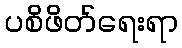
ပစိဖိတ်ရေးရာ